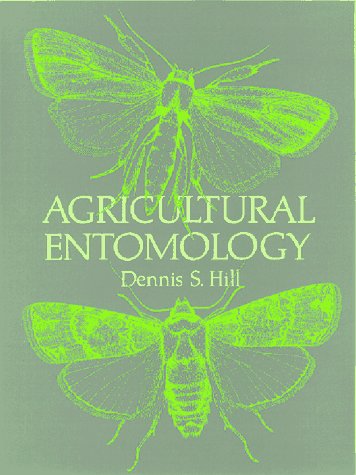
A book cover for Agricultural Entomology; Dennis S. Hill; Science & Math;